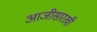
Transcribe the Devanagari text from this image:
आजीसारखी